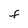
Character: F